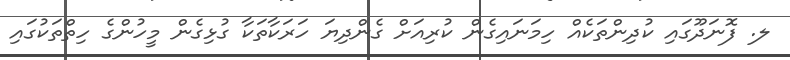
ލ. ފޮނަދޫގައި ކުދިންތަކެއް ހިމަނައިގެން ކުރިއަށް ގެންދިޔަ ހަރަކާތަކާ ގުޅިގެން މީހުންގެ ހިތްތަކުގައި